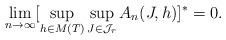
LaTeX: \begin{align*}\lim_{n \rightarrow \infty} [ \sup_{h \in M(T)} \sup_{J \in \mathcal{J}_r} A_n(J,h)]^{*} =0. \end{align*}